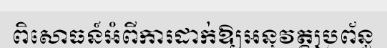
ពិសោធន៍អំពីការដាក់ឱ្យអនុវត្តប្រព័ន្ធ